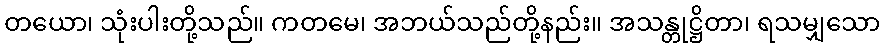
တယော၊ သုံးပါးတို့သည်။ ကတမေ၊ အဘယ်သည်တို့နည်း။ အသန္တုဋ္ဌိတာ၊ ရသမျှသော